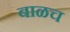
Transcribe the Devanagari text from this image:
बाळच